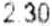
2.30